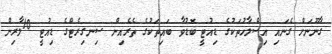
ގާނޫނަށް ގެނައި އިސްލާހުތަކުގެ ޑިއުޓީ ބޮޑުވާ ބައިތަކުގެ ތެރެއިން ސިނގިރެޓްގެ ޑިއުޓީ 10ލާރިން